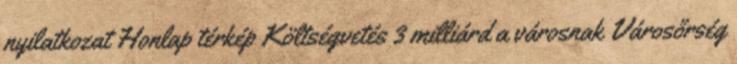
nyilatkozat Honlap térkép Költségvetés 3 milliárd a városnak Városőrség